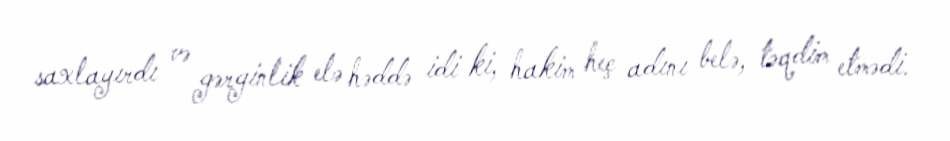
saxlayırdı və gərginlik elə həddə idi ki, hakim heç adını belə, təqdim etmədi.